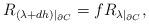
LaTeX: \begin{align*}R_{(\lambda+dh)|_{\partial C}} = f R_{\lambda|_{\partial C}},\end{align*}